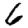
Digit: 6